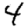
Digit: 4